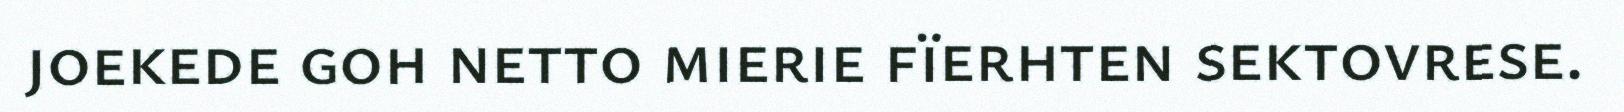
joekede goh netto mierie fïerhten sektovrese.